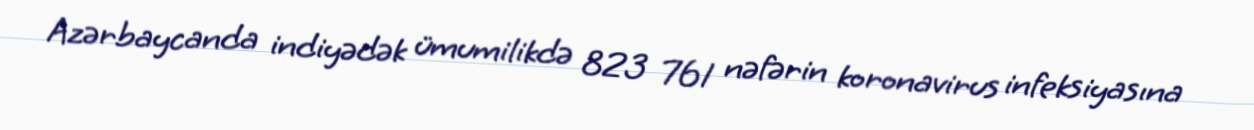
Azərbaycanda indiyədək ümumilikdə 823 761 nəfərin koronavirus infeksiyasına